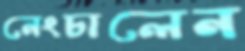
নেংচালেন